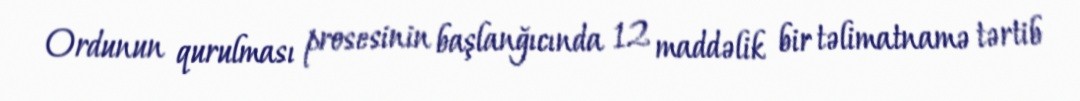
Ordunun qurulması prosesinin başlanğıcında 12 maddəlik bir təlimatnamə tərtib